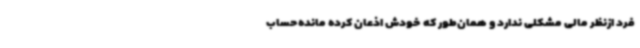
فرد ازنظر مالی مشکلی ندارد و همان‌طور که خودش اذعان کرده مانده‌حساب